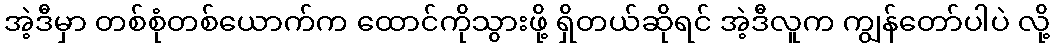
အဲ့ဒီမှာ တစ်စုံတစ်ယောက်က ထောင်ကိုသွားဖို့ ရှိတယ်ဆိုရင် အဲ့ဒီလူက ကျွန်တော်ပါပဲ လို့